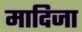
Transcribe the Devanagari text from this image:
मादिजा